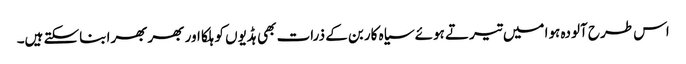
اس طرح آلودہ ہوا میں تیرتے ہوئے سیاہ کاربن کے ذرات بھی ہڈیوں کو ہلکا اور بھربھرا بناسکتے ہیں۔